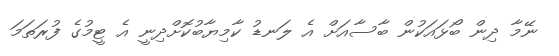
ނޭމާ ދިން ބޯޅައަކުން ބާސާއަށް އެ ލަނޑު ކާމިޔާބުކޮށްދިނީ އެ ޓީމުގެ ފުރަތަމަ